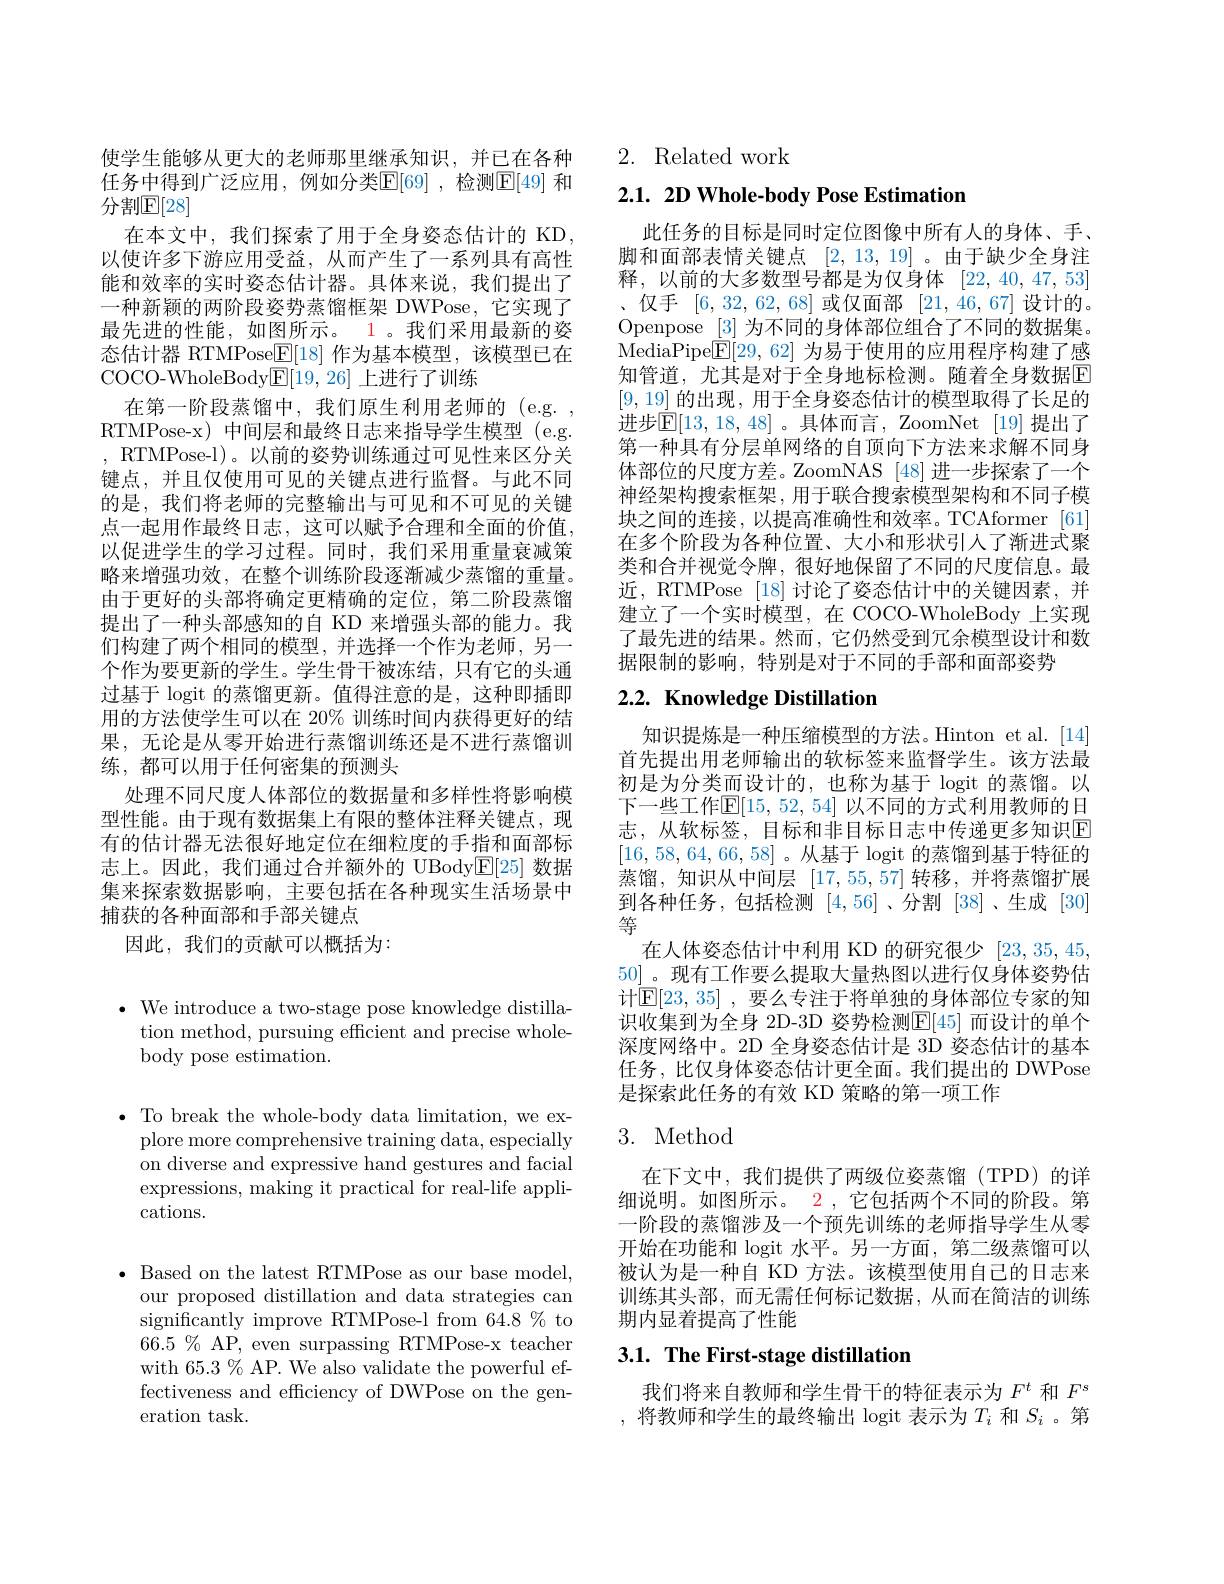
使学生能够从更大的老师那里继承知识，并已在各种任务中得到广泛应用，例如分类$\mathbb{E}[69]$ ,检测$\mathbb{E}[49]$ 和分割$\mathbb{E}[28]$
在本文中，我们探索了用于全身姿态估计的 KD 以使许多下游应用受益，从而产生了一系列具有高性能和效率的实时姿态估计器。具体来说，我们提出了一种新颖的两阶段姿势蒸馏框架 DWPose, 它实现了最先进的性能，如图所示。1 。我们采用最新的姿态估计器 RTMPose$\underline{\mathrm{E}}[18]$作为基本模型，该模型已在COCO-WholeBody$\boxed{\mathrm{E}}[19,26]$上进行了训练
在第一阶段蒸馏中，我们原生利用老师的(e.g. , RTMPose-x) 中间层和最终日志来指导学生模型 (e.g. , RTMPose- l)。以前的姿势训练通过可见性来区分关键点，并且仅使用可见的关键点进行监督。与此不同的是，我们将老师的完整输出与可见和不可见的关键点一起用作最终日志，这可以赋予合理和全面的价值， 以促进学生的学习过程。同时，我们采用重量衰减策略来增强功效，在整个训练阶段逐渐减少蒸馏的重量。由于更好的头部将确定更精确的定位，第二阶段蒸馏提出了一种头部感知的自 KD 来增强头部的能力。我们构建了两个相同的模型，并选择一个作为老师，另一个作为要更新的学生。学生骨干被冻结，只有它的头通过基于 logit 的蒸馏更新。值得注意的是，这种即插即用的方法使学生可以在 20% 训练时间内获得更好的结果，无论是从零开始进行蒸馏训练还是不进行蒸馏训练，都可以用于任何密集的预测头
处理不同尺度人体部位的数据量和多样性将影响模型性能。由于现有数据集上有限的整体注释关键点，现有的估计器无法很好地定位在细粒度的手指和面部标志上。因此，我们通过合并额外的 UBody$\mathbb{E}[25]$数据集来探索数据影响，主要包括在各种现实生活场景中捕获的各种面部和手部关键点
因此，我们的贡献可以概括为：

$\bullet$ We introduce a two-stage pose knowledge distilla-
tion method, pursuing efficient and precise whole-
body pose estimation.

$\bullet$ To break the whole-body data limitation, we ex-
plore more comprehensive training data, especially on diverse and expressive hand gestures and facial expressions, making it practical for real-life applications.

$\bullet$ Based on the latest RTMPose as our base model, our proposed distillation and data strategies can significantly improve RTMPose-l from 64.8 % to $66.5\%$ AP, even surpassing RTMPose-x teacher with 65.3 % AP. We also validate the powerful effectiveness and efficiency of DWPose on the generation task.

2. Related work

## $2. 1. \textbf{ 2D Whole- body Pose Estimation}$

此任务的目标是同时定位图像中所有人的身体、手、 脚和面部表情关键点[2,13,19] 。由于缺少全身注释，以前的大多数型号都是为仅身体 [22,40,47,53] 、仅手[6,32,62,68]或仅面部[21,46,67]设计的。Openpose $\underline{[3]}$为不同的身体部位组合了不同的数据集。MediaPipe$\boxed{\mathrm{F}}[29,62]$为易于使用的应用程序构建了感知管道，尤其是对于全身地标检测。随着全身数据E [9,19]的出现，用于全身姿态估计的模型取得了长足的进步$\mathbb{E}[13,18,48]$。具体而言，ZoomNet [19]提出了第一种具有分层单网络的自顶向下方法来求解不同身体部位的尺度方差。ZoomNAS [48]进一步探索了一个神经架构搜索框架，用于联合搜索模型架构和不同子模块之间的连接，以提高准确性和效率。TCAformer [61] 在多个阶段为各种位置、大小和形状引人了渐进式聚类和合并视觉令牌，很好地保留了不同的尺度信息。最近，RTMPose [18]讨论了姿态估计中的关键因素，并建立了一个实时模型，在 COCO-WholeBody 上实现了最先进的结果。然而，它仍然受到冗余模型设计和数据限制的影响，特别是对于不同的手部和面部姿势

# 2.2. Knowledge Distillation

知识提炼是一种压缩模型的方法。Hinton et al. [14] 首先提出用老师输出的软标签来监督学生。该方法最初是为分类而设计的，也称为基于 logit 的蒸馏。以下一些工作$\mathbb{E}[15,52,54]$ 以不同的方式利用教师的日志，从软标签，目标和非目标日志中传递更多知识$\overline{\mathrm{E}}$ [16,58,64,66,58]。从基于 logit 的蒸馏到基于特征的蒸馏，知识从中间层[17,55,57]转移，并将蒸馏扩展到各种任务，包括检测[4,56] 、分割[38]、生成 [30] 等
在人体姿态估计中利用 KD 的研究很少[23,35,45, 50] 。现有工作要么提取大量热图以进行仅身体姿势估计$\mathbb{E}[23,35]$ ,要么专注于将单独的身体部位专家的知识收集到为全身 2D-3D 姿势检测$\mathbb{E}[45]$ 而设计的单个深度网络中。2D 全身姿态估计是 3D 姿态估计的基本任务，比仅身体姿态估计更全面。我们提出的 DWPose 是探索此任务的有效 KD 策略的第一项工作

## 3. Method

在下文中，我们提供了两级位姿蒸馏(TPD)的详细说明。如图所示。2 ,它包括两个不同的阶段。第一阶段的蒸馏涉及一个预先训练的老师指导学生从零开始在功能和 logit 水平。另一方面，第二级蒸馏可以被认为是一种自 KD 方法。该模型使用自己的日志来训练其头部，而无需任何标记数据，从而在简洁的训练期内显着提高了性能

# 3.1. The First-stage distillation

我们将来自教师和学生骨干的特征表示为$F^t$和$F^s$ ,将教师和学生的最终输出 logit 表示为$T_i$和$S_i$ 。第